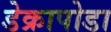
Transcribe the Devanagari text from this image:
डेक्रापोडा